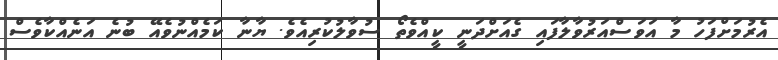
އެރުމަށްފަހު މާ އަވަސްއަރުވާލާފައި ގެއަށްދަނީ ކީއްވެތޯ ސުވާލުކުރިއެވެ. ޔާނާ ކަމެއްނުވެއޭ ބުނެ އަނެއްކާވެސް